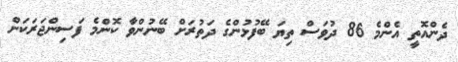
ދެންއޮތީ އެންމެ 86 ދުވަސް ތިޔަ ބޭފުޅުންގެ ދަތުރަށް ބޭނުންވާ ކޮންމެ ފަސިންޖަރަކަށް